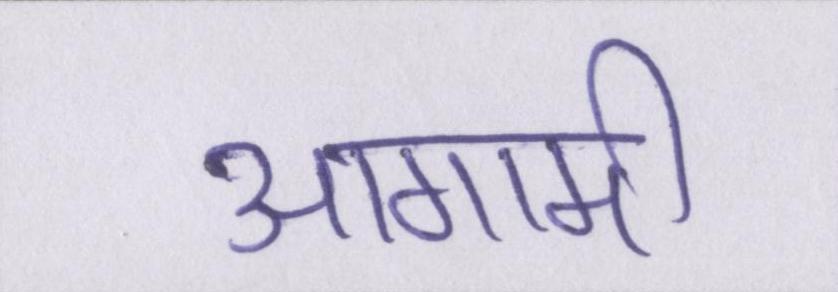
आगामी